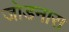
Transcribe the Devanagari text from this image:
जोडनारा